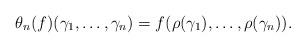
LaTeX: \begin{align*}\theta_n(f)(\gamma_1,\dots,\gamma_n) = f(\rho(\gamma_1),\dots, \rho(\gamma_n)).\end{align*}